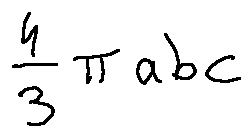
\frac { 4 } { 3 } \pi a b c